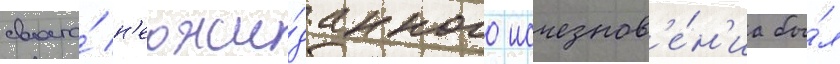
своего́ н'еожи́данного исчезнов'е́н'иа бы́л